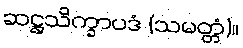
ဆဋ္ဌသိက္ခာပဒံ (သမတ္တံ)။